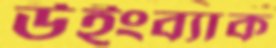
উইংব্যাক